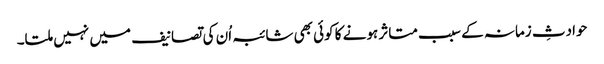
حوادثِ زمانہ کے سبب متاثر ہونے کا کوئی بھی شائبہ اُن کی تصانیف میں نہیں ملتا۔